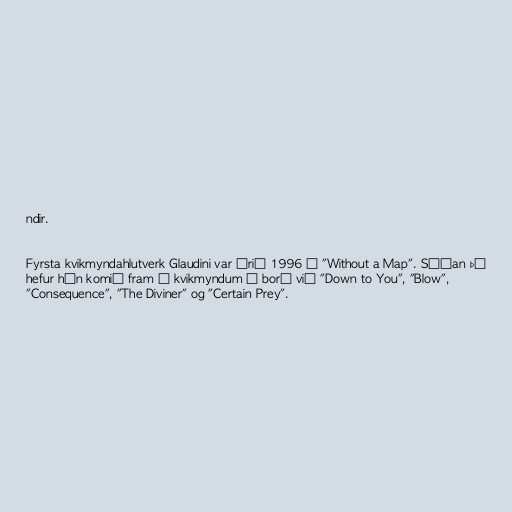
ndir.

Fyrsta kvikmyndahlutverk Glaudini var árið 1996 í "Without a Map". Síðan þá
hefur hún komið fram í kvikmyndum á borð við "Down to You", "Blow",
"Consequence", "The Diviner" og "Certain Prey".